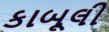
કાબૂલી